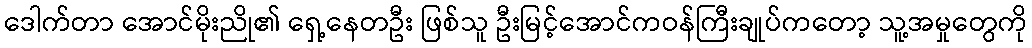
ဒေါက်တာ အောင်မိုးညို၏ ရှေ့နေတဦး ဖြစ်သူ ဦးမြင့်အောင်ကဝန်ကြီးချုပ်ကတော့ သူ့အမှုတွေကို